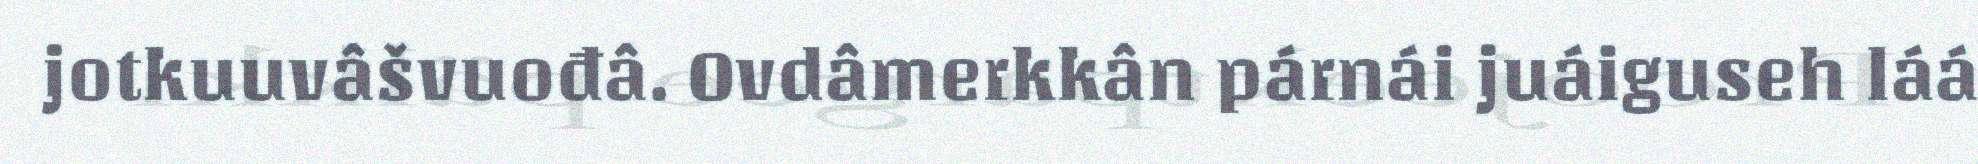
jotkuuvâšvuođâ. Ovdâmerkkân párnái juáiguseh láá